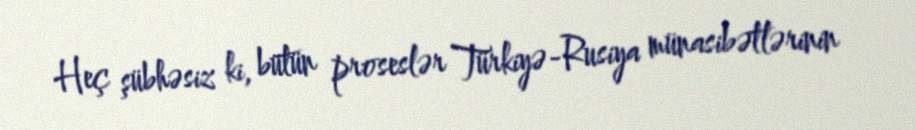
Heç şübhəsiz ki, bütün proseslər Türkiyə-Rusiya münasibətlərinin